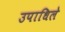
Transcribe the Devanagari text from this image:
उपाधिले